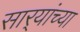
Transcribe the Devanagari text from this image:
सार्‍यांच्या